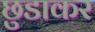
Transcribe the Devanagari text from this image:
छुडाकर